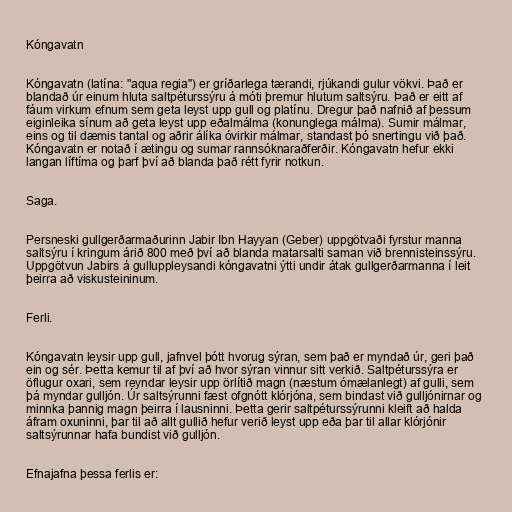
Kóngavatn

Kóngavatn (latína: "aqua regia") er gríðarlega tærandi, rjúkandi gulur vökvi. Það er
blandað úr einum hluta saltpéturssýru á móti þremur hlutum saltsýru. Það er eitt af
fáum virkum efnum sem geta leyst upp gull og platínu. Dregur það nafnið af þessum
eiginleika sínum að geta leyst upp eðalmálma (konunglega málma). Sumir málmar,
eins og til dæmis tantal og aðrir álíka óvirkir málmar, standast þó snertingu við það.
Kóngavatn er notað í ætingu og sumar rannsóknaraðferðir. Kóngavatn hefur ekki
langan líftíma og þarf því að blanda það rétt fyrir notkun.

Saga.

Persneski gullgerðarmaðurinn Jabir Ibn Hayyan (Geber) uppgötvaði fyrstur manna
saltsýru í kringum árið 800 með því að blanda matarsalti saman við brennisteinssýru.
Uppgötvun Jabirs á gulluppleysandi kóngavatni ýtti undir átak gullgerðarmanna í leit
þeirra að viskusteininum.

Ferli.

Kóngavatn leysir upp gull, jafnvel þótt hvorug sýran, sem það er myndað úr, geri það
ein og sér. Þetta kemur til af því að hvor sýran vinnur sitt verkið. Saltpéturssýra er
öflugur oxari, sem reyndar leysir upp örlítið magn (næstum ómælanlegt) af gulli, sem
þá myndar gulljón. Úr saltsýrunni fæst ofgnótt klórjóna, sem bindast við gulljónirnar og
minnka þannig magn þeirra í lausninni. Þetta gerir saltpéturssýrunni kleift að halda
áfram oxuninni, þar til að allt gullið hefur verið leyst upp eða þar til allar klórjónir
saltsýrunnar hafa bundist við gulljón.

Efnajafna þessa ferlis er: